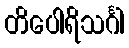
တိပေါရိသင်္ဂါ